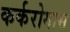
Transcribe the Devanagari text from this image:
कर्करोगास